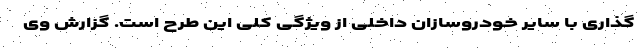
گذاری با سایر خودروسازان داخلی از ویژگی کلی این طرح است. گزارش وی